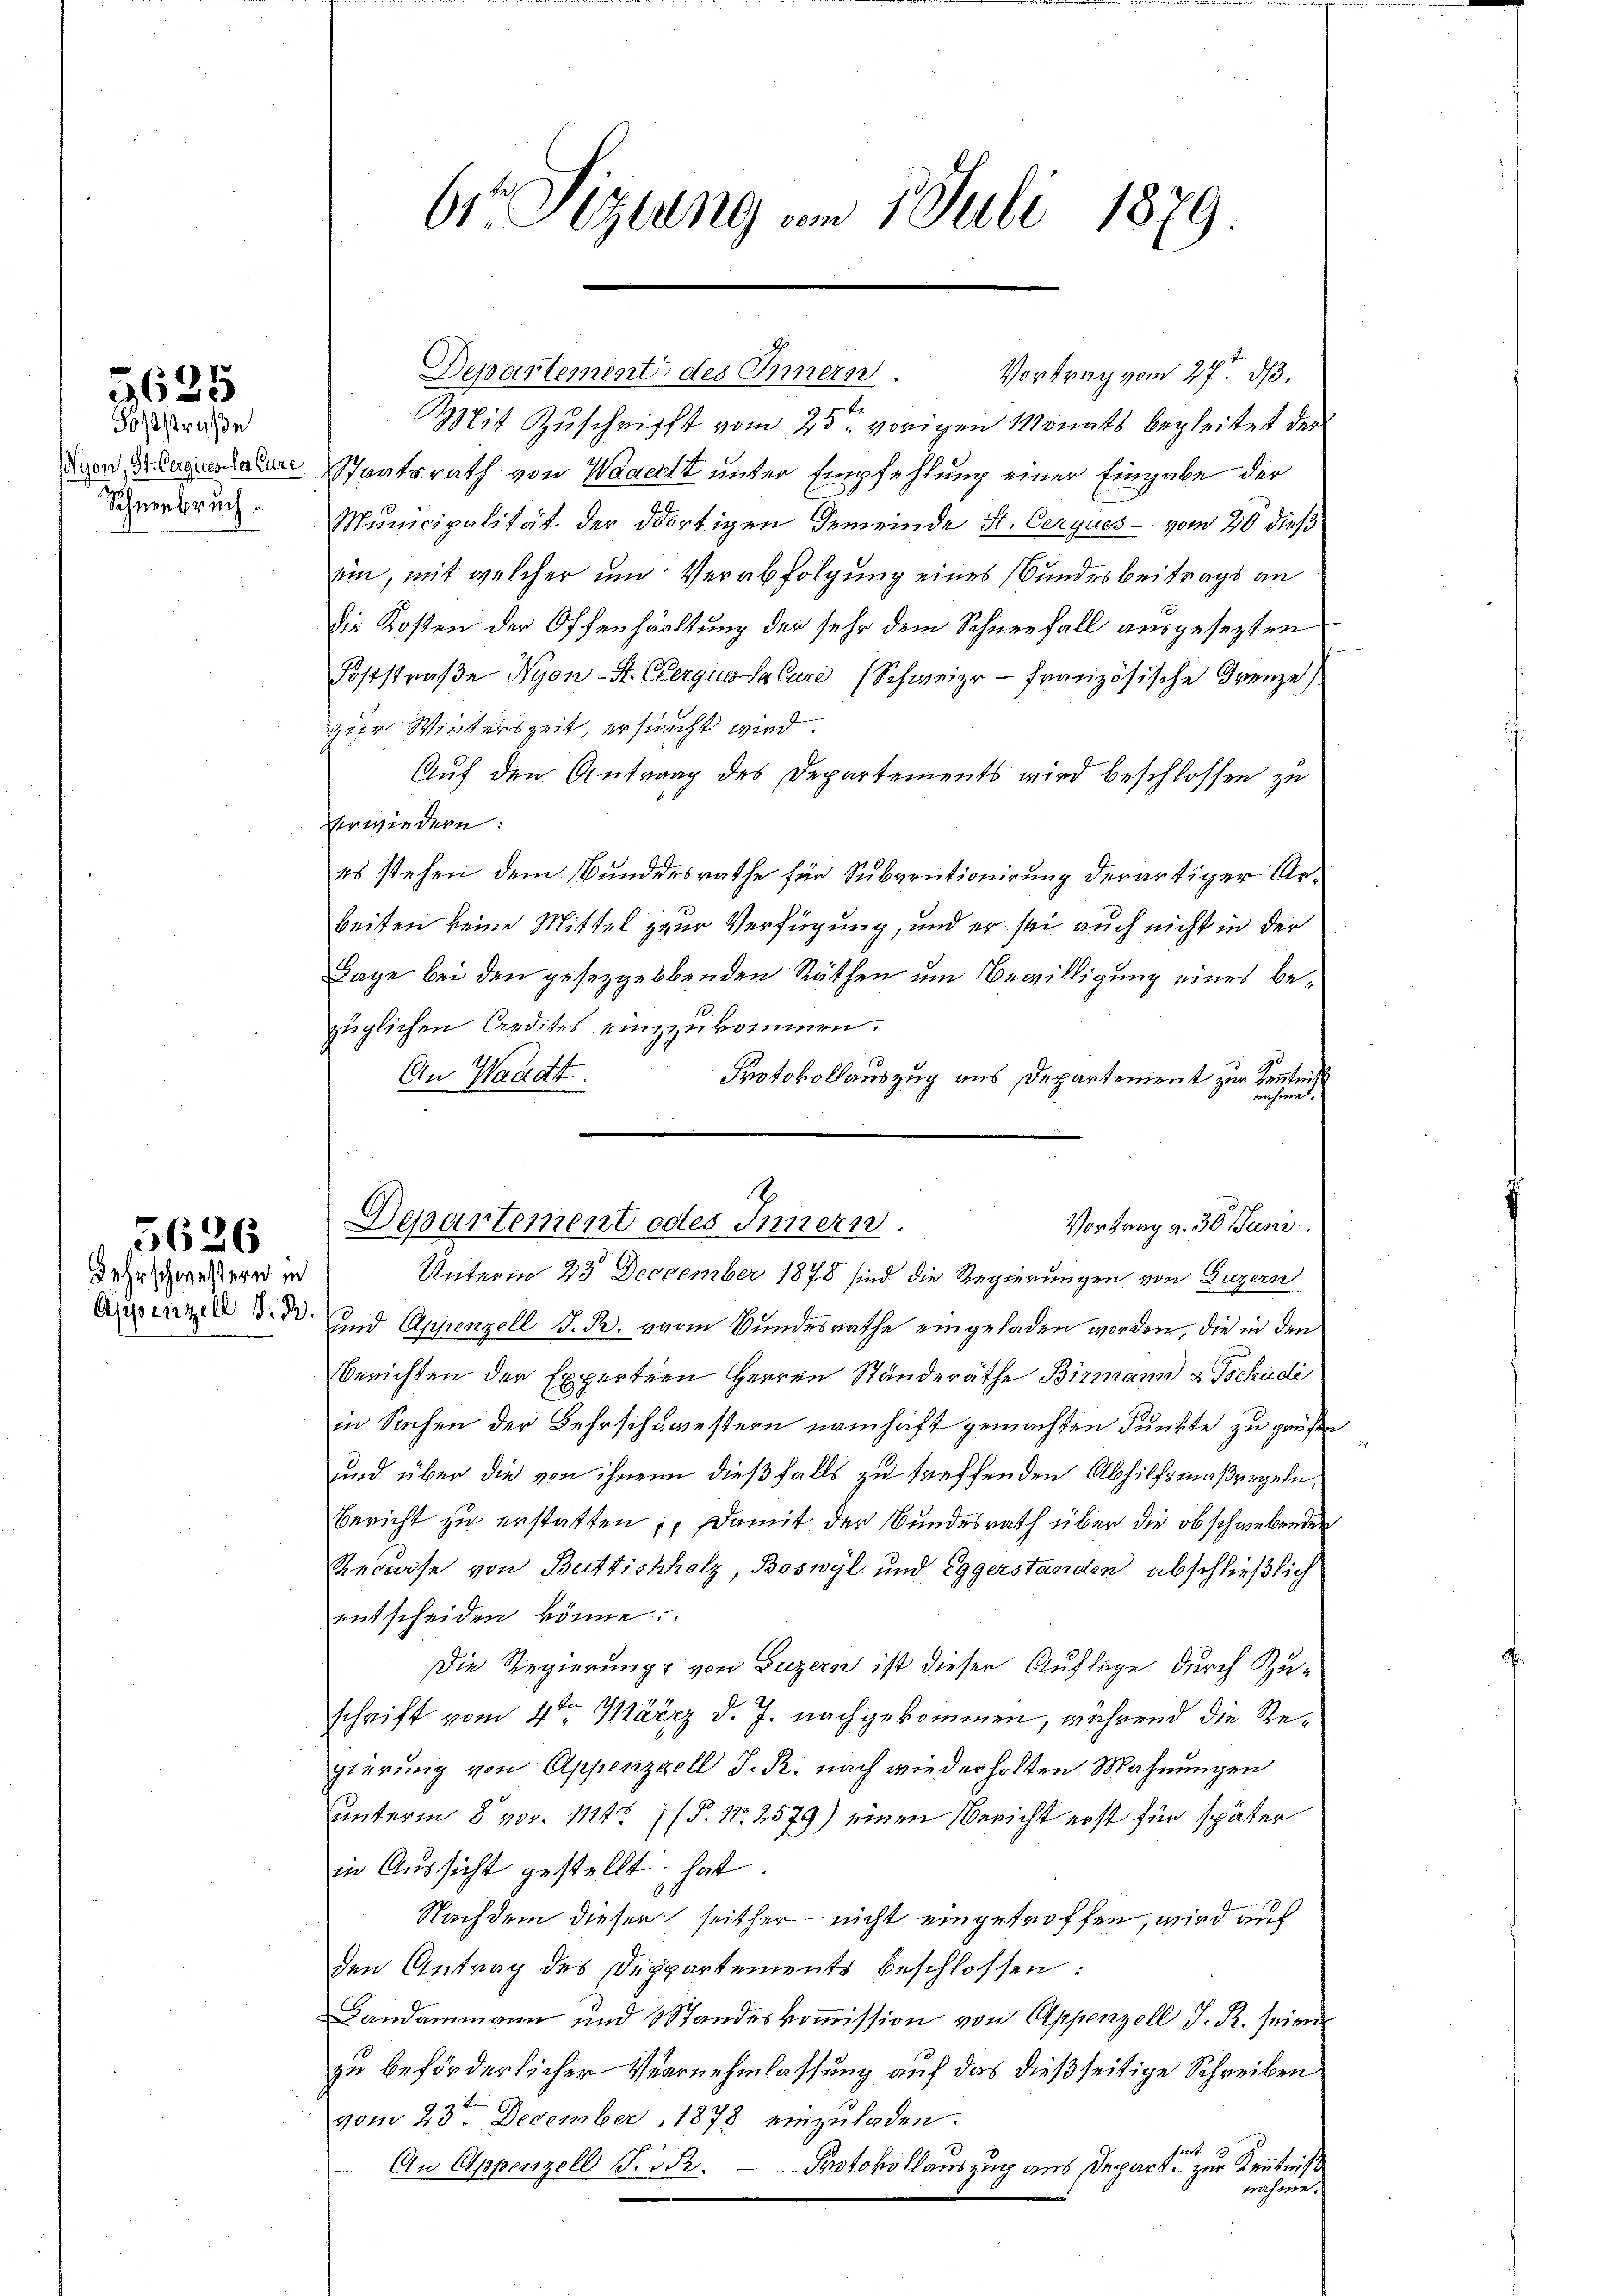
5625
Foststraße

Schneebruch.

5626
Lehrschwestern in

Departement des Innern.
Mit Zuschrift vom 25ten vorigen Monats begleitet der
den Augenaue Staatsrath von Waacht unter Empfehlung einer Eingabe der
Municipalität der dortigen Gemeinde St. Cerques - vom 20 dieß
ein, mit welcher und Verabfolgung eines Bundesbeitrags an
die Kosten der Offenhaltung der sehr dem Schneefall ausgesezten
Foststraβe Nyon-St. Clergus Salure Schweize - Französische Grenze
zier Winterszeit, ersucht wird.
Auf den Antrag des Departements wird beschlossen zu
verwiedern:
es stehen dem Bundesrathe für Subventionirung derartiger Arbeiten keine Mittel zur Verfügung, und er sei auch nicht in der
Tage bei den gesezgerbenden Räthen um Bewilligung eines bezüglichen Credites einzzukommen.
An Waadt.
Protokollauszug aus Departement zur Kenntniß
nähme.
Unterm 23. December 1878 sind die Regierungen von Luzern
Asennen d. d. Und Appenzell I. R. vom Bundesrathe eingeladen worden, die in den
Berichten der Experten Herren Ständeräthe Birmann u. Tschudi
in Sachen der Lehrschämestern namhaft gemachten Punkte zu grüßen
und über die von ihnen dießfalls zu treffenden Abhilfsmaßregeln,
Bericht zu erstatten, damit der Bundesrath über die obschriebenden
Recurse von Buttichholz, Boswyl und Eggerstanden abschließlich
entscheiden könne
Die Regierung, von Luzern ist dieser Auflage durch Zuschrift vom 4ten Märzz d. J. nachgekommen, während die Regierung von Appenzell I. R. nach wiederholten Mahnungen
unterm 8. Nov. 1114 (P. Nr. 2579) einen Bericht erst für später
in Aussicht gestellt hat.
Nachdem dieser seither nicht eingetroffen, wird auf
den Antrag des Deppartements beschlossen:
Landammann und 3 Standeskommission von Appenzell I. R. seinen
zu beförderlicher Vernehmlassung auf das dießseitige Schreiben
vom 23ten December 1878 einzuladen.
An Appenzell Frid. Protokollauszug aus Departe zur Kenntniß
nahme

61 Sizuung am 1. Juli 1879

Vortrag vom 27ten d.

.
Departement odes Innern.
Vortrag v. 30. Juni